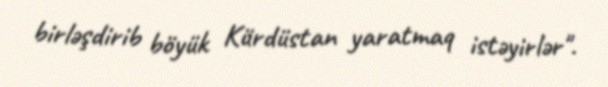
birləşdirib böyük Kürdüstan yaratmaq istəyirlər".